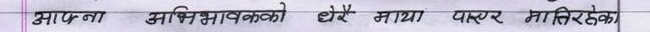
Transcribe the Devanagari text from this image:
आफ्ना अभिभावकको धेरै माया पाएर तातिरहेका